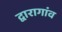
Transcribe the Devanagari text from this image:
द्वारागांव